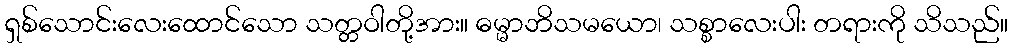
ရှစ်သောင်းလေးထောင်သော သတ္တဝါတို့အား။ ဓမ္မာဘိသမယော၊ သစ္စာလေးပါး တရားကို သိသည်။